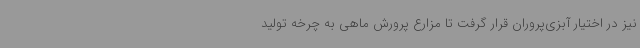
نیز در اختیار آبزی‌پروران قرار گرفت تا مزارع پرورش ماهی به چرخه تولید